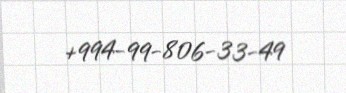
+994-99-806-33-49